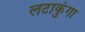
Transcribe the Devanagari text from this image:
लटाकुंगा